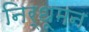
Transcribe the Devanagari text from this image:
निर्धूमन